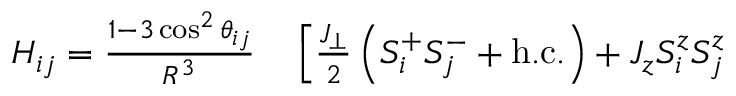
\begin{array} { r l } { H _ { i j } = \frac { 1 - 3 \cos ^ { 2 } \theta _ { i j } } { R ^ { 3 } } } & { { } \left[ \frac { J _ { \perp } } { 2 } \left( S _ { i } ^ { + } S _ { j } ^ { - } + \mathrm { { h . c . } } \right) + J _ { z } S _ { i } ^ { z } S _ { j } ^ { z } \right. } \end{array}